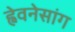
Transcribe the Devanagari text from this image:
ह्वेवनेसांग